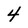
Character: 4